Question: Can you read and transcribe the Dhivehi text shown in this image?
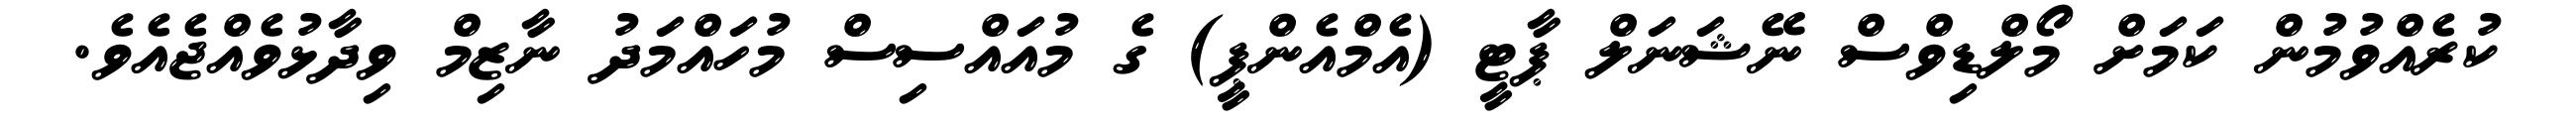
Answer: ކުރެއްވުމުން ކަމަށް މޯލްޑިވްސް ނޭޝަނަލް ޕާޓީ (އެމްއެންޕީ) ގެ މުއައްސިސް މުހައްމަދު ނާޒިމް ވިދާޅުވެއްޖެއެވެ.